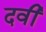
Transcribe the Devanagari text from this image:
दवी